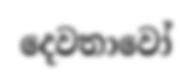
දෙවතාවෝ